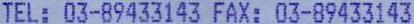
TEL: 03-89433143 FAX: 03-89433143